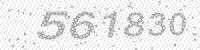
Solution: 561830